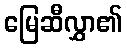
မြေဆီလွှာ၏